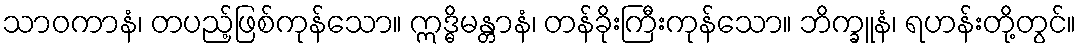
သာဝကာနံ၊ တပည့်ဖြစ်ကုန်သော။ ဣဒ္ဓိမန္တာနံ၊ တန်ခိုးကြီးကုန်သော။ ဘိက္ခူနံ၊ ရဟန်းတို့တွင်။